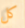
كل